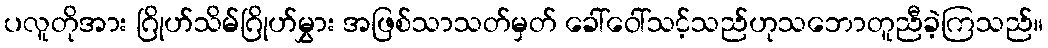
ပလူတိုအား ဂြိုဟ်သိမ်ဂြိုဟ်မွှား အဖြစ်သာသတ်မှတ် ခေါ်ဝေါ်သင့်သည်ဟုသဘောတူညီခဲ့ကြသည်။